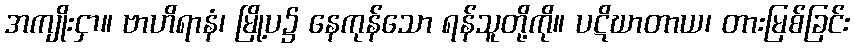
အကျိုးငှာ။ ဗာဟိရာနံ၊ မြို့ပ၌ နေကုန်သော ရန်သူတို့ကို။ ပဋိဃာတာယ၊ တားမြစ်ခြင်း